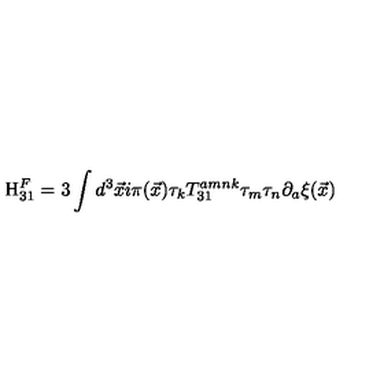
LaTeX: \mathrm { H } _ { 3 1 } ^ { F } = 3 \int d ^ { 3 } { \vec { x } } i \pi ( { \vec { x } } ) \tau _ { k } T _ { 3 1 } ^ { a m n k } \tau _ { m } \tau _ { n } \partial _ { a } { \xi } ( \vec { x } )